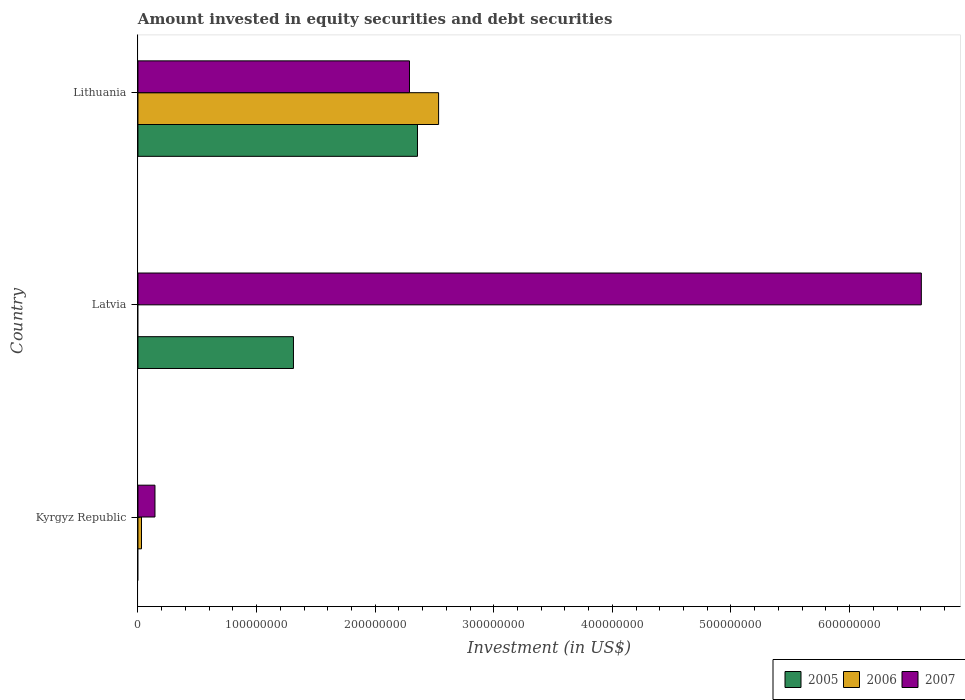
| Country | 2005 | 2006 | 2007 |
 | --- | --- | --- | --- |
 | Kyrgyz Republic | -2.26e+06 | 2.98e+06 | 1.43e+07 |
 | Latvia | 1.31e+08 | -4.34e+07 | 6.6e+08 |
 | Lithuania | 2.36e+08 | 2.53e+08 | 2.29e+08 |